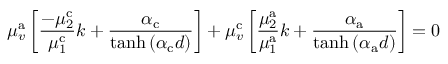
\mu _ { v } ^ { \mathrm { a } } \left[ \frac { - \mu _ { 2 } ^ { \mathrm { c } } } { \mu _ { 1 } ^ { \mathrm { c } } } k + \frac { \alpha _ { \mathrm { c } } } { \operatorname { t a n h } \left( \alpha _ { \mathrm { c } } d \right) } \right] + \mu _ { v } ^ { \mathrm { c } } \left[ \frac { \mu _ { 2 } ^ { \mathrm { a } } } { \mu _ { 1 } ^ { \mathrm { a } } } k + \frac { \alpha _ { \mathrm { a } } } { \operatorname { t a n h } \left( \alpha _ { \mathrm { a } } d \right) } \right] = 0